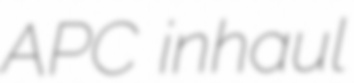
APC inhaul